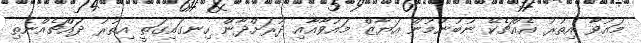
މައުވާ އިތުރު އެއްޗެކޭ ނުބުނުމުން އަޔާޒް މައުވާއާއި ދުރަށްދާން ހިނގައިގަތީ އިތުރު ދައްޗެއްނެތި